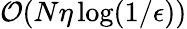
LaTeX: {\cal O}(N\eta\log(1/\epsilon))